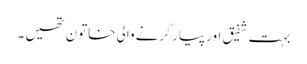
بہت شفیق اور پیار کرنے والی خاتون تھیں ۔